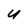
Character: u